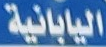
اليابانية